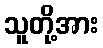
သူတို့အား